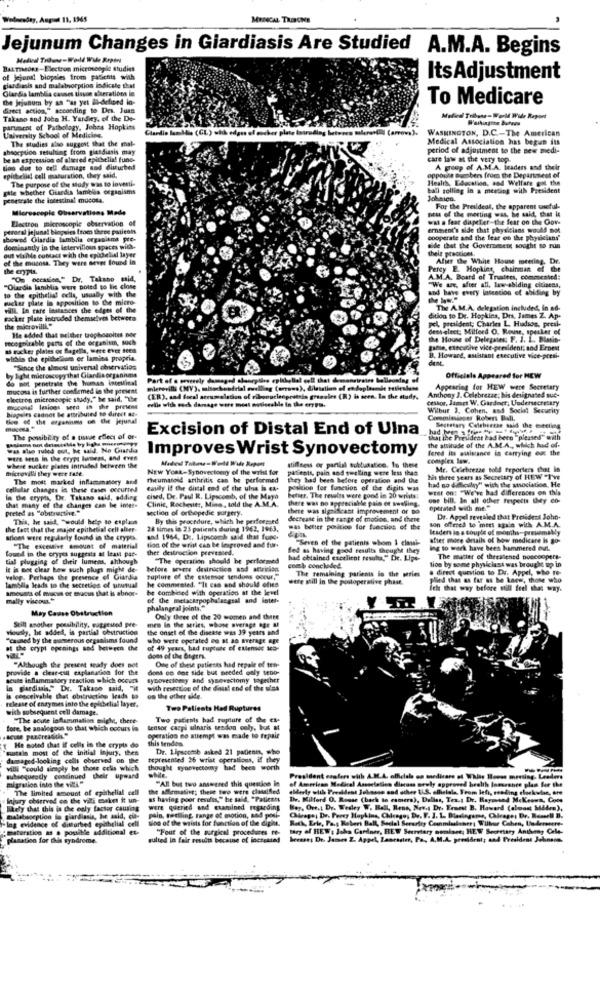
Wednesday, August 11, 1945
Jejunum Changes in Giardiasis Are Studied
A.M.A. Begins
BALTIMORE-Electron microscopie studies
of Jejunal biopsles from patients with
ItsAdjustment
Giardia lamblia causes tisvoe sheerations in
ciardimis and malabsorption indicate that
the jejunum by an "as yet il-defined in-
To Medicare
direct action," scodeding to Des. Juan
Takano and Juba H. Yardiey, of the De-
Medical Tribune - World Wide Report
partment of Pathology, Johns Hopkins
Clardio lamblia (CL) uhh edges of mocker plate intrading between mlerandli (arrows).
WASHINGTON, D.C .- The American
University School of Medicine.
The studies also suggest that the mal-
Medical Association has begun sis
absorption sesulting from giasdiasis may
period of adjustment to the sew medi-
be an expression of altered epithelial fung-
care law at the very top.
loo dor to cell damage and disturbed
A group of A.M.A. Iraders and their
epitelial cell maturation, they said,
The purpose of Chut Mody was to investi-
opposite Buesbers from the Department of
Health, Education, and Welfare got the
gale whether Giardia lamblia ceginisms
ball rolling in a meeting with President
penetrale the intestinal mucosa.
Johaica.
Microscopic Observations Made
ptss of the mosting wat, he said, that it
For the President, the apparent useful-
Electron microscopie observation of
wat a fear diapeter-the fear on the Core
peroral jejunal blogsies from these patients
emment's side that physicians would mot
showed Giardia lamblia organisms pre-
cooperate and the fear of the physicians"
dominantly in the istervillous spaces with-
out wishde contact with the epithelial layer
side that the Government sought to run
theis practicet.
of the mucosa. They were never found in
Aljer the White House meering. Dr.
the crypts.
Percy E. Hopkins, chairman of the
"On occasion," Dr. Takano said,
A.M.A. Board of Trustees, commented:
"We are, after all, law-abiding citizens,
"Olandia lamblia were poled to lic close
to the epithelial cells, usually with the
and have every lateation of abiding by
macker plate in opposition to Ce micro-
will. In care instances the edges of the
The A.M.A. delegation included, in ad-
wacker plate intruded themselves betwern
Sition to De. Hopkins, Drs, James Z. A.p.
the microvilll"
He added that neliber trophonoites bor
dent elect; Milford O. Rouse, speaker of
pel, president; Charles L. Hudsos, presi
recognizable parts of the organisin, sich
the House of Delegates; F. J. L ., Blasis:
at racker plates or flagella, were ever seen
galle, Elecuthe vice-president; and Ernest
within the epithelium of lamina propria.
B. Howard, assistant executive vice-presi-
dent
by Sight microscopy that Giardia organisms
"Since the almost universal observation
do not penetrale the homas intestinal
Part of
Officiele Appeared for NEW
mucosa is further conflemed in the present
an el endoplasml
Appearing for HEW were Secretary
electron microscopie study," he said, "The
(ER), and focal accumulation of ribonucleoprit
eville with such damage were moss musiccable in the errol-
grasoles (R) is seen. In the study.
Anthony J. Celebrezze; his designated suc-
Gestor, James W. Gardner; Undersecretary
mucosal lesions verd in the presens
biopsies cannot be attributed no direct ac-
Wilbur 3. Cohen, and Social Security
@the end of the jejuna!
Comminiocer Roters Ball.
Excision of Distal End of Ulna
Secretary Celebsesse said the meeting
The possibility of a tisuae effect of or-
that the President had been "pleased" with
was she ruled out, he said. No Giardia
Improves Wrist Synovectomy
fered its auistance in carrying ed the
the attitude of the A.M.A ., which hud of-
Ptit been in the crypt lameet, and even
Madeul Tribene-World Wide Report
complex law.
microvilli they were fare
where sucker pietts intruded between the
NEW YORK-Synovectomy of the wohl for
patients, pain and tuclling wese less than
stiffness or partial soblunatico. In these
Mr. Celebrezze told reporters that in
The moit marked inflammatory and
Tiveumatold arthritis can be performed
they had been before operation and the
had no difficulty" with the atsociation, He
his three years as Secretary of HEW "I've
cellular changes in these cases occurred
Watily it the distal end of the ula is ex-
position for function of the digits was
weit on: "We've had differences on this
In De crypta, Dr. Takano said, adding
Clinic, Rochester, Mine, told the A.M.A.
cised, Dr. Paul R. Lipscomb, of the Mayo
there was no appreciable pain et swelling.
Better, The revelts were good in 20 wrists:
one bill. In all other fespetis they 60-
that many of the changes can be imer.
preted as "obstructive."
section of orthopedie surgery.
there was significant improvement or Do
Opattated with me."
This, he said, "would help to esplant
By this procedure, which he performed
decrease in the range of motion, and there
son offered to meet again with A.M.A.
Dr. Appel revealed that President John-
the fact that the major epithelial cell alter-
28 times in 23 patients during 1962, 1963,
was better position for functies of the
leaders in a couple of months-prewmably
Bloes were regularly found in the crypes.
and 1964. Dr. Lipscomb said that fone.
Seven of the patients whom 1 classi-
stier more Grails of how medicare is go-
found in the crypes suggests at least par-
-The excee amount of material
tion of the wrist can be lesproved and fur-
ther destruction prevessed.
led as having good results thought they
ing to work have been hammered out.
tial plugging of their lumens. although
"The operation should be performed
had obtained excclient results," Die. Lipo-
lion by some physiclast was brought up in
The matter of threatened noscoopers-
it is not clear bew such plugs might de-
before severe destrucsice and attricion
comb conchaded.
The remaloing patients in the pries
a direct question to Dr. Appel, who re-
velop. Perhaps the presence of Giardia
he commented. "It cas and should ofies
Tuplure of the eusensor tendons Goout,
wife sill in the postoperative phase.
plied that as far as be kaew, those who
lambdig leads to the secretion of unusual
amevais of mucus of mucus that is abnor-
be combined with operation at the level
ich that way before will feel that way.
mally viscous"
of the metacarpophalangeal and inter-
May Cause Obstruction
phalangeal joints."
Only theer of the 20 women and ture
vously, be added, is partial obstruction
Still another possibility, suggested pre-
the onset of the disease was 39 years and
men In the series, whose average age af
"cauned by the summerous organisms found
who were operated oo at an average age
at the crypt openings and between the
of 49 years, had rupture of culensos sco-
One of these patients had sepale of ten-
provide a clear-cut explanation for the
"Although the present seady does not
dons on Got side but needed caly seno-
acute inflammatory reaction which occurs
synovectomy and synovectomy together
in giardinis," Dr. Takano said,
in giardinis," Dr. Takano said, "it with resection of the dis! end of the sims
is conceivable that obitracting leads to
release of enzymes into the epithelial layer.
on the other side.
with subsequent cell damage.
Two Patients Had Ruptures
"The acute inflammation might, there-
Two patients had rupture of the ex-
tore, be analogous to that which occurs in
Sensor carpi ulnaris tendon coly, but at
operation no attempt was made to repair
this Bendes
He noted that if cells in the crypts do
sustain most of the initial Injury, then
Dr. Lipscomb asked 21 patients, who
damaged-looking cells observed on the
represented 26 wrist operations, if they
villi "could simply be those cells which
thought syobecctomy had been worth
subsequently continued their upward
migration into the wall "
"All but two answered this question le
of American Medical Association discuss mrwly approved health Insurance plan for the
President czafers with A.M.A. officials en medicare of White House meeting. Leaders
of American Medical
The limited amount of epithelial cell
the affirmative; these two were classified
elderly with President Johnson and other ILS. ellelala, From left, evading clockwise, are
Injury charrved on the vils eseket it un-
as having poor results," he said, "Patients
De, Milford O. Rosse (back to camera), Dallas, Tex .; Dr. Raymond Mckeown, Cote
likely that this is the only factor causing
were queried and examined regarding
Boy, Ovest Dr. Wesley W. Bell, Rens, Niev.s Dr. Ernest B. Haward (almost Maden),
"Ing evidence of disturbed epithelial cell
malabsorption do giardiasis, he said, cit-
pain, tedlling range of motion, and posi-
Bloo of the wrists for function of the dipin.
Chicago, Dr. Percy Hopkins, Cheages Du. F. J. 1. Bladingame, Chleage; Dr. Reserll B.
Rock, Erle, Pa.s Reberi Ball, Social Security Coinmia
: maturation as a possible additional et.
"Fout of the surgical procedures to-
tory of HEW : John Gardner, HEW Secretary of
planation for this syndrome.
sulted in fair results because of loctested
heesse; Dr. James 2. Appel, Lancaster, Pa ., A.M.A. president; and President Johnson